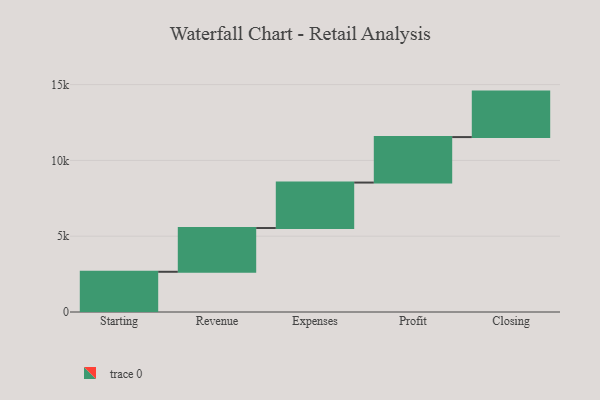
{"axis": {"x": "Step", "y": "Value"}, "legend": [""], "data": [{"x": "Starting", "y": 2653.0, "type": ""}, {"x": "Revenue", "y": 2886.0, "type": ""}, {"x": "Expenses", "y": 3000, "type": ""}, {"x": "Profit", "y": 3000, "type": ""}, {"x": "Closing", "y": 3000, "type": ""}]}